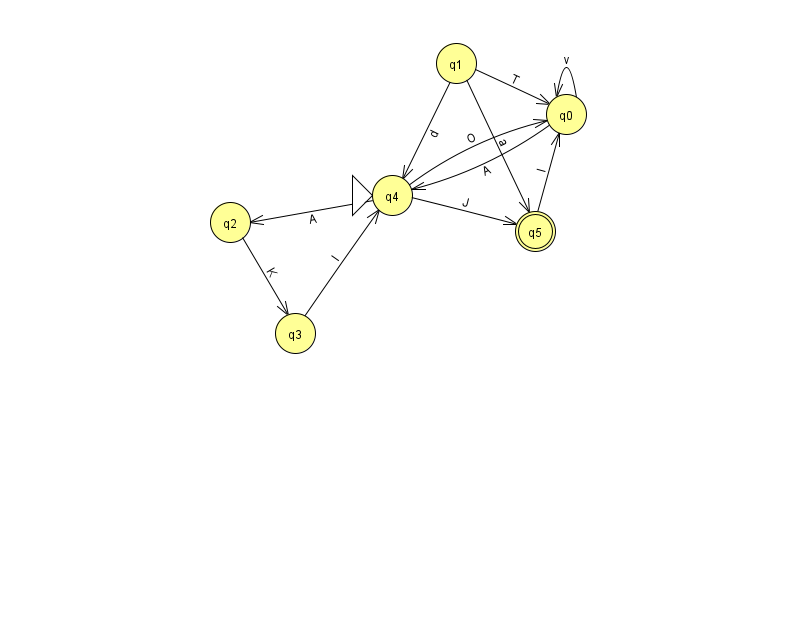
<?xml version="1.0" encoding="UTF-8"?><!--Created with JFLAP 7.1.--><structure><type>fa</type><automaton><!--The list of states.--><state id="0" name="q0"><x>566.0</x><y>101.0</y></state><state id="1" name="q1"><x>456.0</x><y>50.0</y></state><state id="2" name="q2"><x>230.0</x><y>209.0</y></state><state id="3" name="q3"><x>295.0</x><y>320.0</y></state><state id="4" name="q4"><x>392.0</x><y>182.0</y><initial/></state><state id="5" name="q5"><x>535.0</x><y>218.0</y><final/></state><!--The list of transitions.--><transition><from>1</from><to>5</to><read>a</read></transition><transition><from>0</from><to>4</to><read>A</read></transition><transition><from>4</from><to>2</to><read>A</read></transition><transition><from>4</from><to>5</to><read>J</read></transition><transition><from>0</from><to>0</to><read>v</read></transition><transition><from>5</from><to>0</to><read>l</read></transition><transition><from>3</from><to>4</to><read>l</read></transition><transition><from>1</from><to>0</to><read>T</read></transition><transition><from>1</from><to>4</to><read>d</read></transition><transition><from>2</from><to>3</to><read>K</read></transition><transition><from>4</from><to>0</to><read>O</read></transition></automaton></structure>